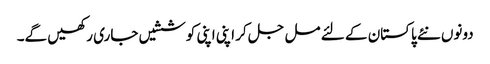
دونوں نئے پاکستان کے لئے مل جل کر اپنی اپنی کوششیں جاری رکھیں گے۔